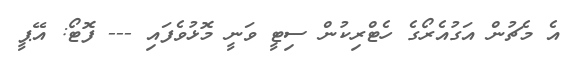
އެ މެޗުން އަގުއެރޯގެ ހެޓްރިކުން ސިޓީ ވަނީ މޮޅުވެފައި --- ފޮޓޯ: އޭޕީ